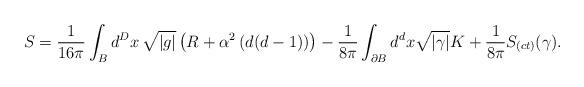
LaTeX: \begin{align*}S=\frac{1}{16\pi}\int_{B}d^{D}x\,\sqrt{|g|}\left(R+\alpha^{2}\left(d(d-1)\right)\right) -\frac{1}{8\pi}\int_{\partial{B}}d^{d}x\sqrt{|\gamma|}K+\frac{1}{8\pi}S_{(ct)}(\gamma). \end{align*}